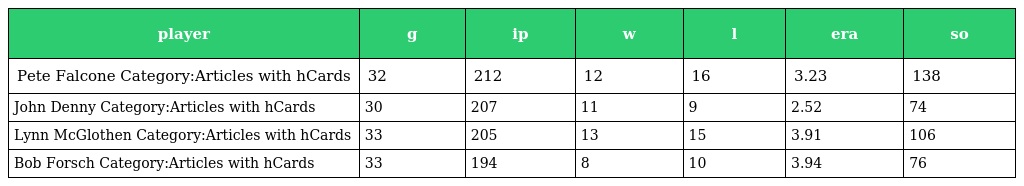
| player | g | ip | w | l | era | so |
 | --- | --- | --- | --- | --- | --- | --- |
 | Pete Falcone Category:Articles with hCards | 32 | 212 | 12 | 16 | 3.23 | 138 |
 | John Denny Category:Articles with hCards | 30 | 207 | 11 | 9 | 2.52 | 74 |
 | Lynn McGlothen Category:Articles with hCards | 33 | 205 | 13 | 15 | 3.91 | 106 |
 | Bob Forsch Category:Articles with hCards | 33 | 194 | 8 | 10 | 3.94 | 76 |